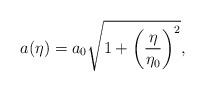
LaTeX: \begin{align*}a(\eta) =a_0 \sqrt{1+\left({\eta\over \eta_0}\right)^2},\end{align*}